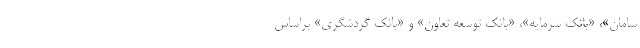
سامان»، «بانک سرمایه»، «بانک توسعه تعاون» و «بانک گردشگری» براساس